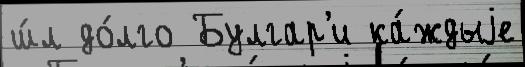
ш́л до́лго Булгар'и ка́ждыjе